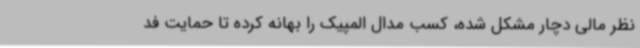
نظر مالی دچار مشکل شده، کسب مدال المپیک را بهانه کرده تا حمایت فد